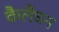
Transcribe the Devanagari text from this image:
कैलैघन